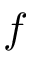
f